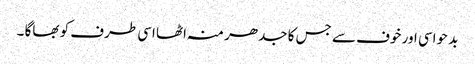
بد حواسی اور خوف سے جس کا جدھر منہ اٹھا اسی طرف کو بھاگا ۔